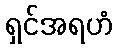
ရှင်အရဟံ